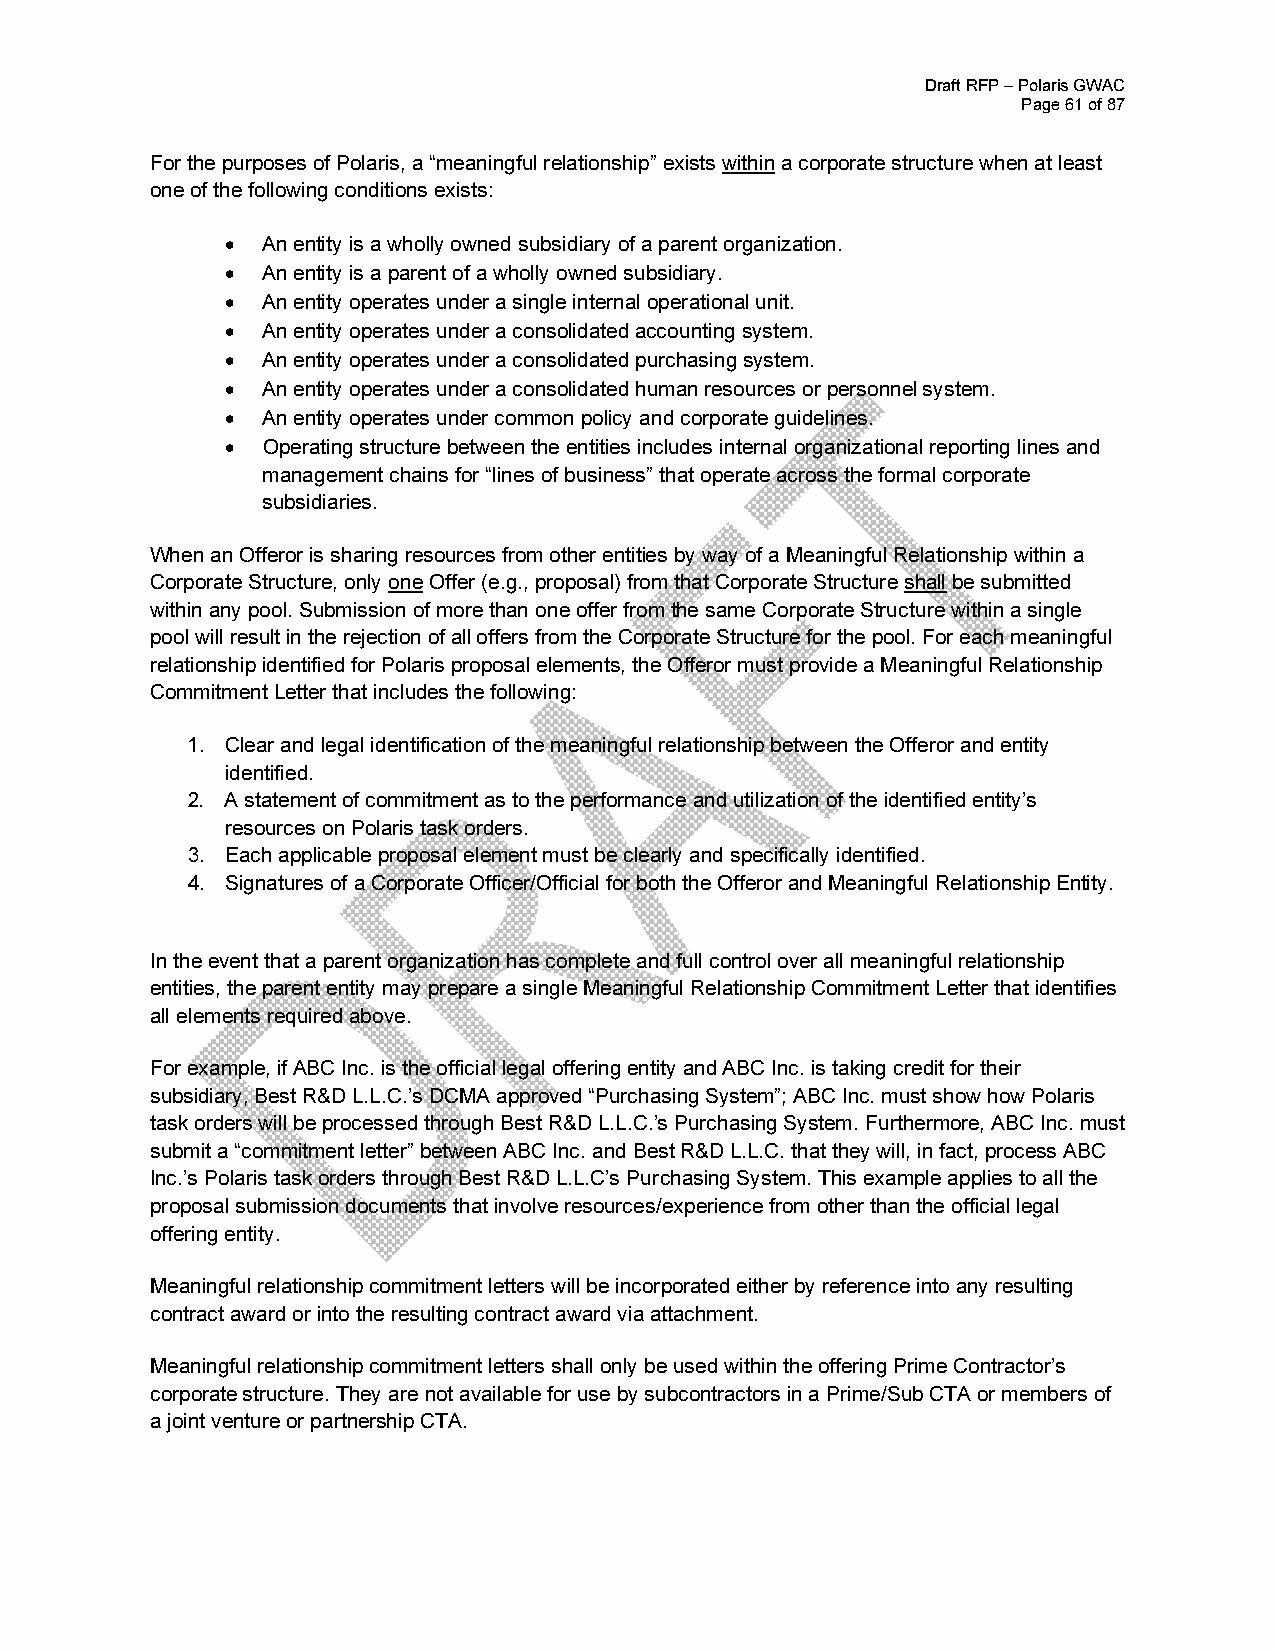
Draft RFP – Polaris GWAC
 Page 61 of 87
 For the purposes of Polaris, a “meaningful relationship” exists within a corporate structure when at least
 one of the following conditions exists:
  An entity is a wholly owned subsidiary of a parent organization.
  An entity is a parent of a wholly owned subsidiary.
  An entity operates under a single internal operational unit.
  An entity operates under a consolidated accounting system.
  An entity operates under a consolidated purchasing system.
  An entity operates under a consolidated human resources or personnel system.
  An entity operates under common policy and corporate guidelines.
  Operating structure between the entities includes internal organizational reporting lines and
 management chains for “lines of business” that operate across the formal corporate
 subsidiaries.
 When an Offeror is sharing resources from other entities by way of a Meaningful Relationship within a
 Corporate Structure, only one Offer (e.g., proposal) from that Corporate Structure shall be submitted
 within any pool. Submission of more than one offer from the same Corporate Structure within a single
 pool will result in the rejection of all offers from the Corporate Structure for the pool. For each meaningful
 relationship identified for Polaris proposal elements, the Offeror must provide a Meaningful Relationship
 Commitment Letter that includes the following:
 1. Clear and legal identification of the meaningful relationship between the Offeror and entity
 identified.
 2. A statement of commitment as to the performance and utilization of the identified entity’s
 resources on Polaris task orders.
 3. Each applicable proposal element must be clearly and specifically identified.
 4. Signatures of a Corporate Officer/Official for both the Offeror and Meaningful Relationship Entity.
 In the event that a parent organization has complete and full control over all meaningful relationship
 entities, the parent entity may prepare a single Meaningful Relationship Commitment Letter that identifies
 all elements required above.
 For example, if ABC Inc. is the official legal offering entity and ABC Inc. is taking credit for their
 subsidiary, Best R&D L.L.C.’s DCMA approved “Purchasing System”; ABC Inc. must show how Polaris
 task orders will be processed through Best R&D L.L.C.’s Purchasing System. Furthermore, ABC Inc. must
 submit a “commitment letter” between ABC Inc. and Best R&D L.L.C. that they will, in fact, process ABC
 Inc.’s Polaris task orders through Best R&D L.L.C’s Purchasing System. This example applies to all the
 proposal submission documents that involve resources/experience from other than the official legal
 offering entity.
 Meaningful relationship commitment letters will be incorporated either by reference into any resulting
 contract award or into the resulting contract award via attachment.
 Meaningful relationship commitment letters shall only be used within the offering Prime Contractor’s
 corporate structure. They are not available for use by subcontractors in a Prime/Sub CTA or members of
 a joint venture or partnership CTA.